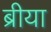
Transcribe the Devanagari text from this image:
ब्रीया